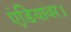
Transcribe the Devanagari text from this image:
एंडियावर।